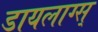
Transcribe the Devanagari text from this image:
डायलाग्स्